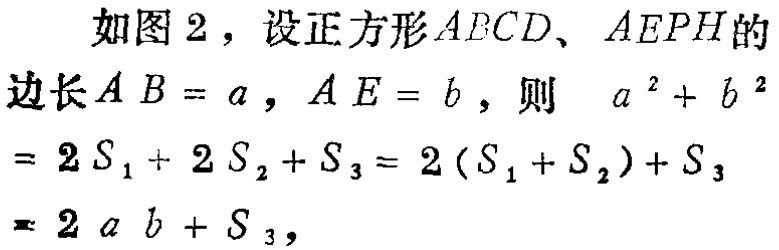
如图 2，设正方形 \(AECD、AEPH\)的边长 \(AB = a\)，\(AE = b\)，则 \(a^{2}+b^{2}=2S_{1}+2S_{2}+S_{3}=2(S_{1}+S_{2})+S_{3}=2ab + S_{3}\)，